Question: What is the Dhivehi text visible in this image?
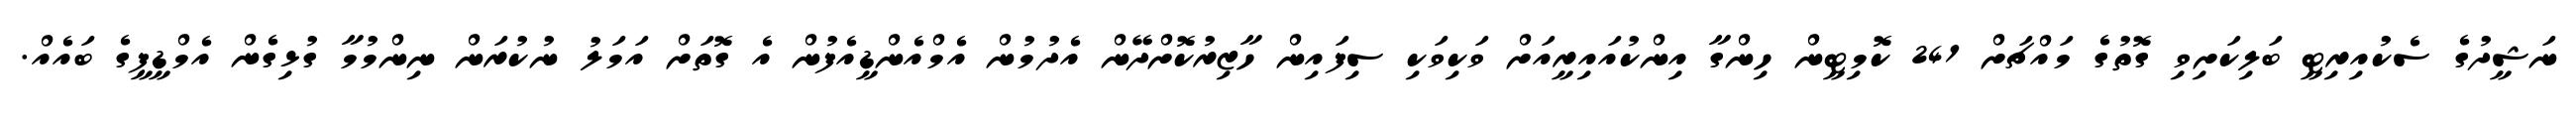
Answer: ނަޝީދުގެ ސެކުއިރިޓީ ބަލިކަށިވި ގޮތުގެ މައްޗަށް 241 ކޮމިޓީން ހިންގާ އިންކުއައިރީއަށް ވަކިވަކި ސިފައިން ހާޒިރުކޮށްދޭން އެދުމުން އެމްއެންޑީއެފުން އެ ގޮތަށް އަމަލު ނުކުރަން ނިންމުމާ ގުޅިގެން އެމްޑީޕީގެ ބައެއް.